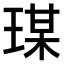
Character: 𤧀